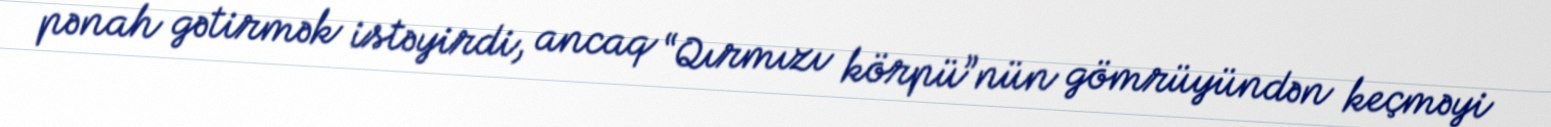
pənah gətirmək istəyirdi, ancaq “Qırmızı körpü”nün gömrüyündən keçməyi